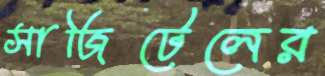
সাজিটেলের